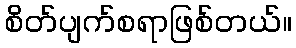
စိတ်ပျက်စရာဖြစ်တယ်။